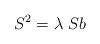
LaTeX: \begin{align*}S^{2}=\lambda \;Sb\end{align*}